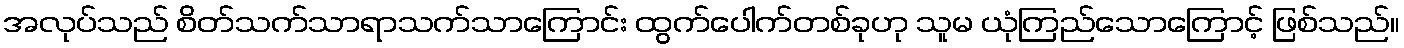
အလုပ်သည် စိတ်သက်သာရာသက်သာကြောင်း ထွက်ပေါက်တစ်ခုဟု သူမ ယုံကြည်သောကြောင့် ဖြစ်သည်။